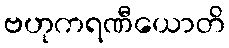
ဗဟုကရဏီယောတိ